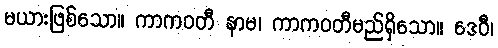
မယားဖြစ်သော။ ကာကဝတီ နာမ၊ ကာကဝတီမည်ရှိသော။ ဒေဝီ၊